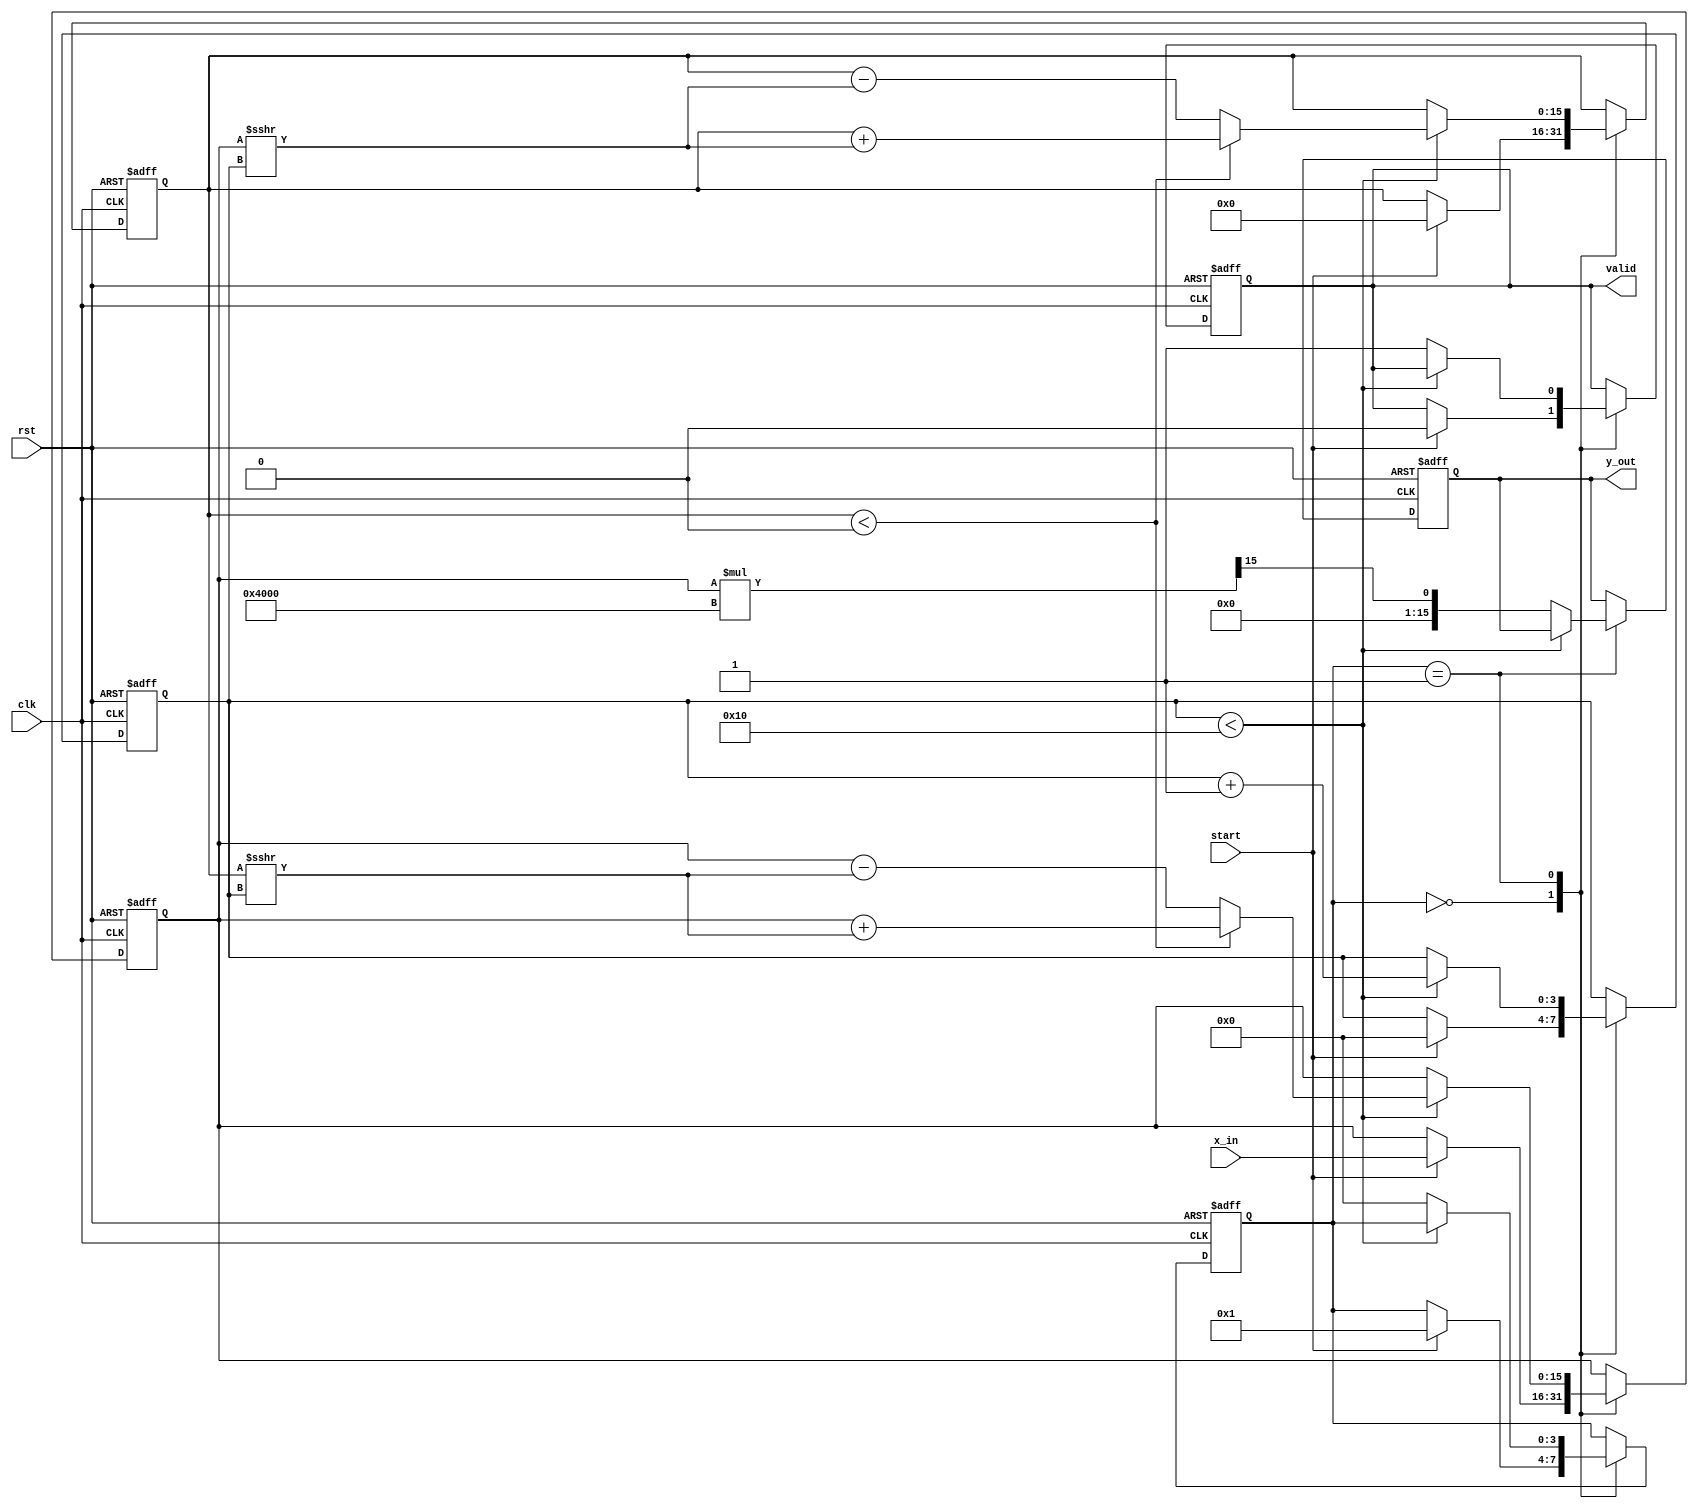
module cordic_reciprocal (
    input  wire        clk,        // Clock signal
    input  wire        rst,        // Reset signal
    input  wire [15:0] x_in,      // Input data (fixed-point, 16 bits)
    input  wire        start,      // Start signal for computation
    output reg  [15:0] y_out,      // Reciprocal output (fixed-point, 16 bits)
    output reg         valid       // Output valid signal
);

    // Parameters
    parameter NUM_ITERATIONS = 16; // Number of CORDIC iterations
    parameter FIXED_POINT_SCALE = 16'h4000; // Scaling factor (2^0.5 for normalization)

    // Internal states
    reg [3:0] state;                // FSM state
    reg [3:0] iteration;            // Iteration counter
    reg [15:0] x;                   // x coordinate
    reg [15:0] y;                   // y coordinate
    reg [15:0] angle;               // Angle accumulator
    reg [15:0] angles [0:NUM_ITERATIONS-1]; // Angle lookup table

    // Initialize angle lookup table
    initial begin
        angles[0] = 16'h1C71; // atan(2^-0)
        angles[1] = 16'h0D88; // atan(2^-1)
        angles[2] = 16'h05A8; // atan(2^-2)
        angles[3] = 16'h0282; // atan(2^-3)
        angles[4] = 16'h0141; // atan(2^-4)
        angles[5] = 16'h00A0; // atan(2^-5)
        angles[6] = 16'h0050; // atan(2^-6)
        angles[7] = 16'h0028; // atan(2^-7)
        angles[8] = 16'h0014; // atan(2^-8)
        angles[9] = 16'h000A; // atan(2^-9)
        angles[10] = 16'h0005; // atan(2^-10)
        angles[11] = 16'h0002; // atan(2^-11)
        angles[12] = 16'h0001; // atan(2^-12)
        angles[13] = 16'h0001; // atan(2^-13)
        angles[14] = 16'h0000; // atan(2^-14)
        angles[15] = 16'h0000; // atan(2^-15)
    end

    // FSM for CORDIC iterations
    always @(posedge clk or posedge rst) begin
        if (rst) begin
            state <= 0;
            iteration <= 0;
            x <= 0;
            y <= 0;
            angle <= 0;
            valid <= 0;
            y_out <= 0;
        end else begin
            case (state)
                0: begin // Idle state
                    if (start) begin
                        x <= x_in; // Initialize x with input
                        y <= 16'h0000; // Initialize y to 0
                        angle <= 0;
                        iteration <= 0;
                        valid <= 0;
                        state <= 1; // Move to next state
                    end
                end
                1: begin // CORDIC iterations
                    if (iteration < NUM_ITERATIONS) begin
                        if (y < 0) begin // Determine direction of rotation
                            x <= x + (y >>> iteration); // x = x + (y * 2^-iteration)
                            y <= y + (x >>> iteration); // y = y + (x * 2^-iteration)
                            angle <= angle - angles[iteration]; // Update angle
                        end else begin
                            x <= x - (y >>> iteration); // x = x - (y * 2^-iteration)
                            y <= y - (x >>> iteration); // y = y - (x * 2^-iteration)
                            angle <= angle + angles[iteration]; // Update angle
                        end
                        iteration <= iteration + 1; // Next iteration
                    end else begin
                        // Final output calculation
                        y_out <= (x * FIXED_POINT_SCALE) >>> (NUM_ITERATIONS - 1); // Scale the output
                        valid <= 1; // Signal output is valid
                        state <= 0; // Return to idle state
                    end
                end
            endcase
        end
    end

endmodule